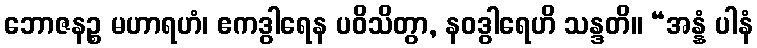
ဘောဇနဉ္စ မဟာရဟံ၊ ဧကဒွါရေန ပဝိသိတွာ, နဝဒွါရေဟိ သန္ဒတိ။ “အန္နံ ပါနံ